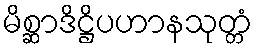
မိစ္ဆာဒိဋ္ဌိပဟာနသုတ္တံ